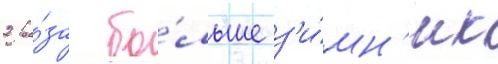
2 ра́за бо́льше з'и́мн'их